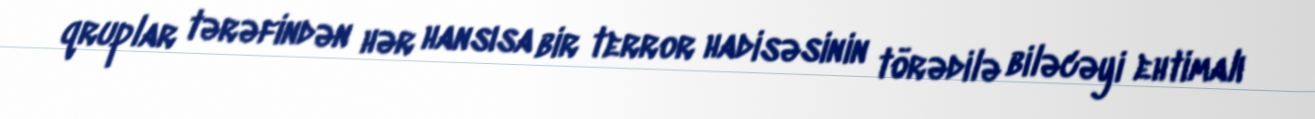
qruplar tərəfindən hər hansısa bir terror hadisəsinin törədilə biləcəyi ehtimalı